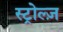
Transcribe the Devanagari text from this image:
स्ट्रोल्ज़